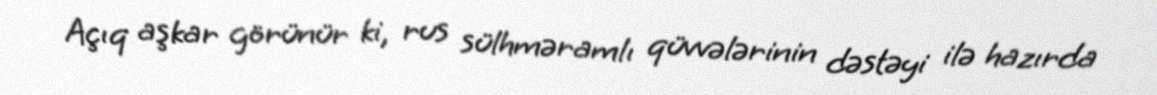
Açıq aşkar görünür ki‚ rus sülhməramlı qüvvələrinin dəstəyi ilə hazırda